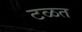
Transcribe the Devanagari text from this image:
टळत